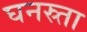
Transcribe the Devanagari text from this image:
घनस्र्ता